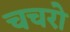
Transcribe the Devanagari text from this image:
चचरो